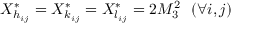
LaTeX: X _ { h _ { i j } } ^ { * } = X _ { k _ { i j } } ^ { * } = X _ { l _ { i j } } ^ { * } = 2 M _ { 3 } ^ { 2 } \ \ ( \forall i , j )